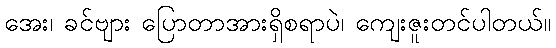
အေး၊ ခင်ဗျား ပြောတာအားရှိစရာပဲ၊ ကျေးဇူးတင်ပါတယ်။